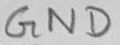
Text: GND